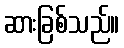
ဆားခြစ်သည်။